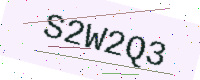
Text: S2W2Q3